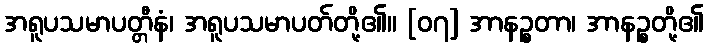
အရူပသမာပတ္တီနံ၊ အရူပသမာပတ်တို့၏။ [၀၇] အာနဉ္စတာ၊ အာနဉ္စတို့၏